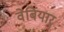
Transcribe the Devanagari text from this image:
वेर्बियार